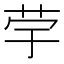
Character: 𦭨